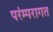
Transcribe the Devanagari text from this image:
परंम्परागत